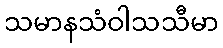
သမာနသံဝါသသီမာ